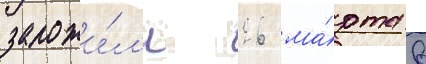
заложи́л'и 26 ма́рта в